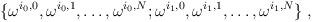
LaTeX: \begin{align*}\{ \omega^{i_{ 0}, 0}, \omega^{i_{ 0}, 1}, \ldots, \omega^{i_{ 0},N}; \omega^{i_{ 1}, 0}, \omega^{i_{ 1}, 1}, \ldots, \omega^{i_{1}, N} \} \; ,\end{align*}